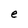
Character: e